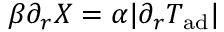
\beta \partial _ { r } X = \alpha | \partial _ { r } T _ { \mathrm { a d } } |